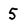
Character: 5